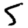
Digit: 5